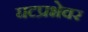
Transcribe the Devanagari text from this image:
घटप्रभेवर